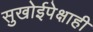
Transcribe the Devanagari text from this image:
सुखोईपेक्षाही